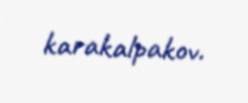
karakalpakov.